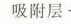
吸附层